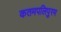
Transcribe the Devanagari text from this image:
कतमपलिपुरम